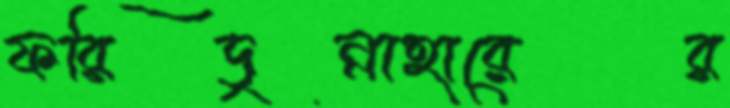
ফরিদুন্নাহারের